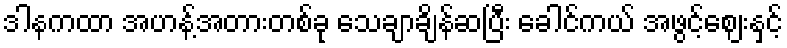
ဒါနကထာ အဟန့်အတားတစ်ခု သေချာချိန်ဆပြီး ခေါင်ကယ် အဖွင့်ဈေးနှင့်